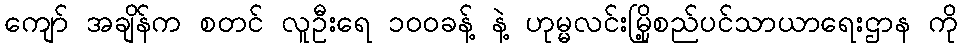
ကျော် အချိန်က စတင် လူဦးရေ ၁၀၀ခန့် နဲ့ ဟုမ္မလင်းမြို့စည်ပင်သာယာရေးဌာန ကို